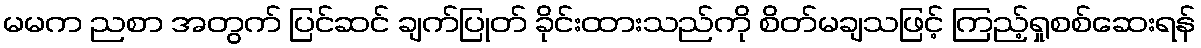
မမက ညစာ အတွက် ပြင်ဆင် ချက်ပြုတ် ခိုင်းထားသည်ကို စိတ်မချသဖြင့် ကြည့်ရှုစစ်ဆေးရန်